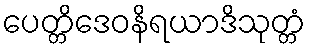
ပေတ္တိဒေဝနိရယာဒိသုတ္တံ